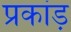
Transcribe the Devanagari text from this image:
प्रकांड़